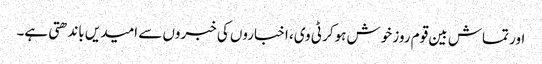
اور تماش بین قوم روز خوش ہوکر ٹی وی، اخباروں کی خبروں سے امیدیں باندھتی ہے۔